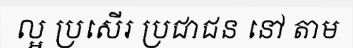
ល្អ ប្រសើរ ប្រជាជន នៅ តាម